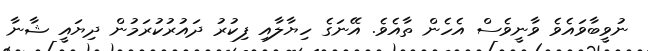
ނުވީބާވައެވެ ވާނީވެސް އެހެން ތާއެވެ. އޭނަގެ ހިޔާލާއި ފިކުރު ދައުރުކުރަމުން ދިޔައީ ޝާނާ